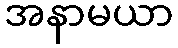
အနာမယာ